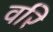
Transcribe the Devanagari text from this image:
वरि